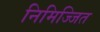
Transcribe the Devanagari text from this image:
निमिज्जित